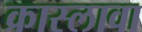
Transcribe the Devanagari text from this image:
क्रास्लावा